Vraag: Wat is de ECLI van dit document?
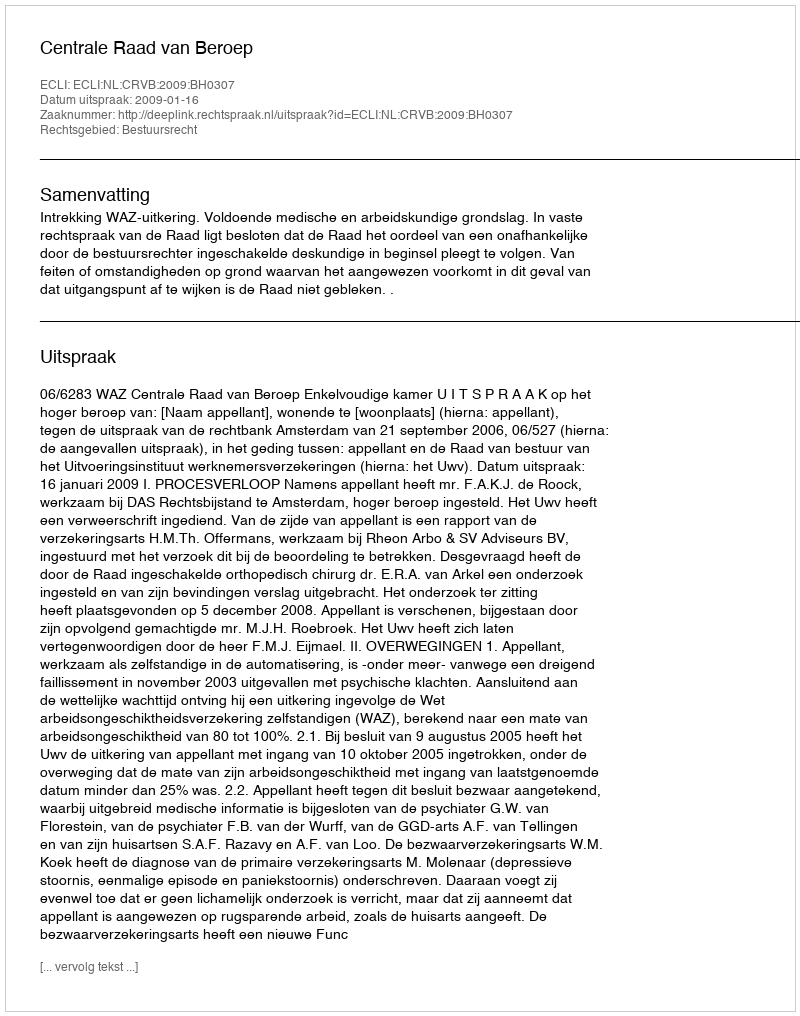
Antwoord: ECLI:NL:CRVB:2009:BH0307